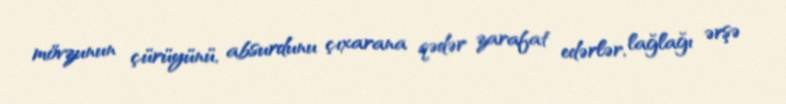
mövzunun çürüyünü, absurdunu çıxarana qədər zarafat edərlər, lağlağı ərşə